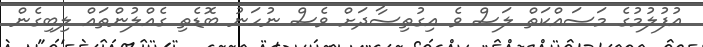
އުފުލުމުގެ މަސައްކަތް ލަސް ވެ އިގުތިސާދަށް ވެސް ނުހަނު ބޮޑެތި ގެއްލުންތައް ލިބިގެން